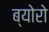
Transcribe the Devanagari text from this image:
ब्योरो